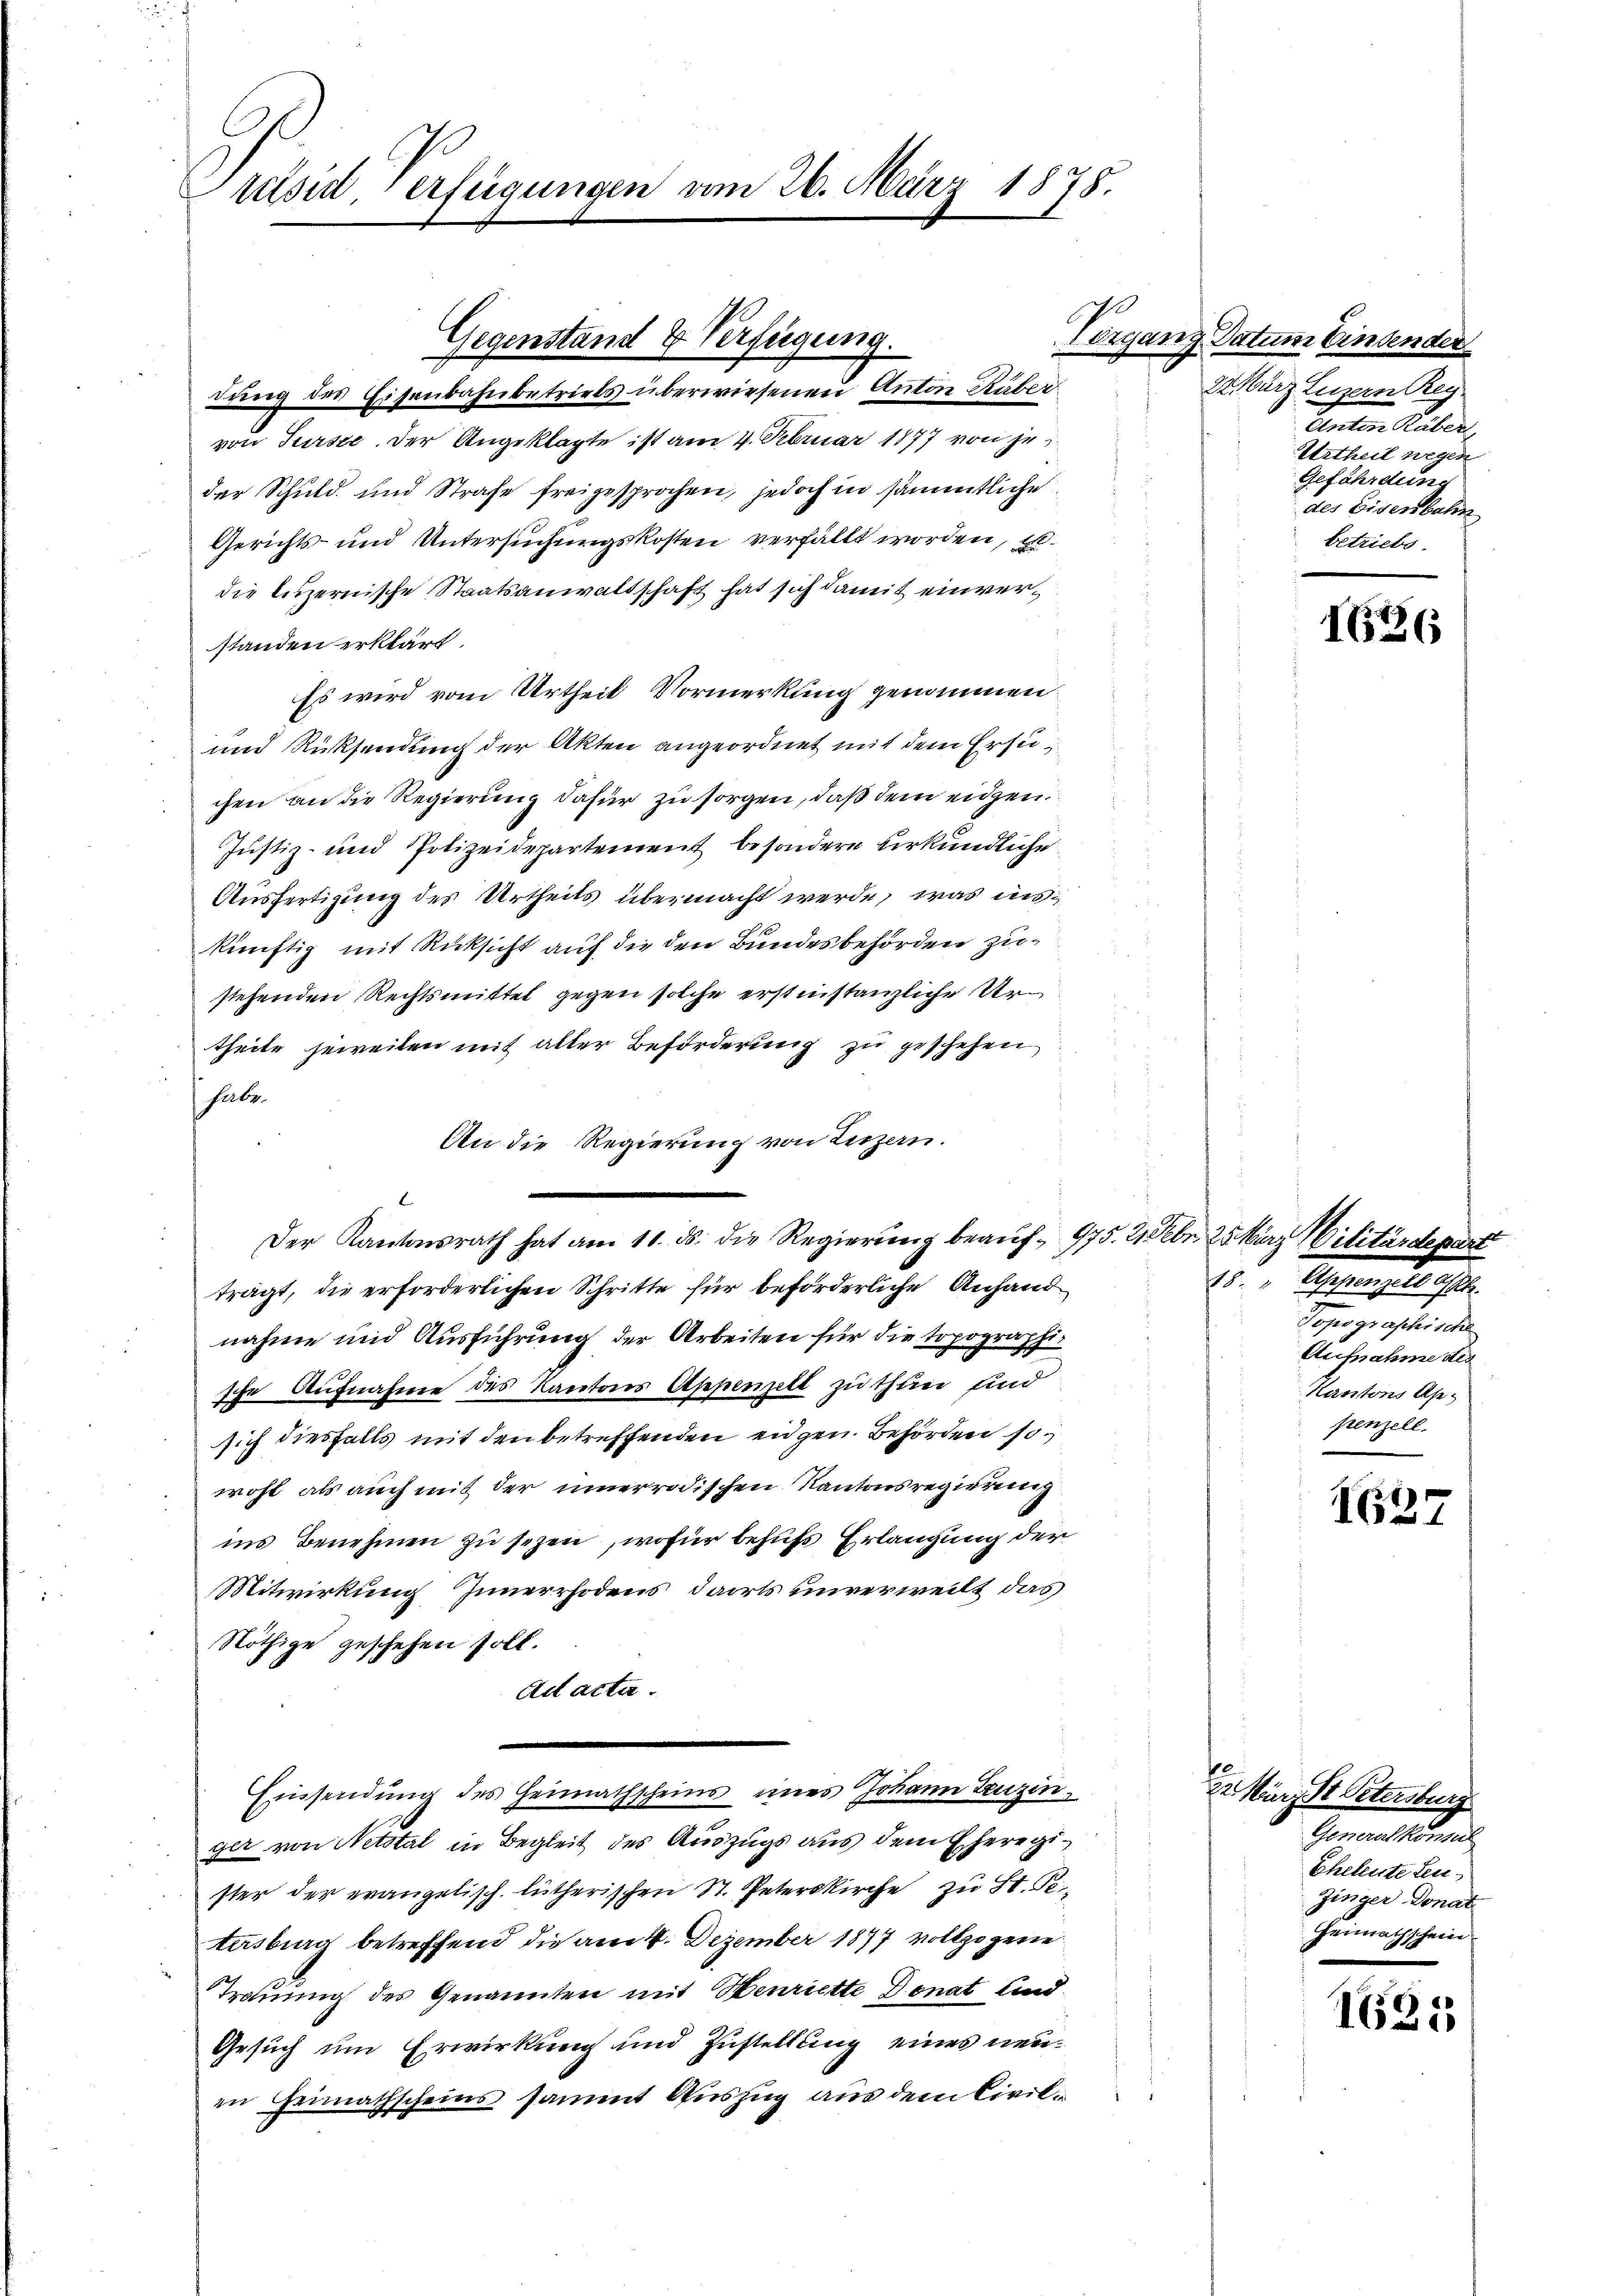
ttsid, erfügungen vom 26. März 1878.

von Turste der Angeklagte ist am 4. Februar 1877 von jeder Schuld und Strafe freigesprochen, jedoch in sämmtliche
Gerichts- und Untersuchungskosten verfällt worden, u.
die luzernische Staatsanwaltschaft hat sich damit einverstanden erklärt.
Es wird vom Urtheil Vormerkung genommen
und Rücksendung der Akten angeordnet mit dem Ersuchen an die Regierung dafür zu sorgen, daß dem eidgen.
Justiz- und Polizeidepartement besondere urkundliche
Ausfertigung des Urtheils übermacht werde, was inskünftig mit Rüksicht auf die den Bundesbehörden zu
stehenden Rechtsmittel gegen solche erstinstanzliche Urtheile jeweilen mit aller Beförderung zu geschehen
habe.
An die Regierung von Luzern.
Der Kantonsrath hat am 11. ds. die Regierung beaŭf- 975.
trägt, die erforderlichen Schritte für beförderliche Anhand
nahme und Ausführung der Arbeiten für die topographische Aufnahme des Kantons Appenzelt zu thung und
sich diesfalls mit den betreffenden eidgen. Behörden sowohl als auch mit der innerrodischen Kantonsregierung
ins Benehmen zu sezen, wofür behufs Erlangung der
Mitwirkung Innerrhodens, darts unverweilt das
Nöthige geschehen soll.
Act acta.
Einsendung des Heimathscheins eines Johann Leuzinge von Netstal in Begleit des Auszugs aus dem Eheregister der evangelisch. lütherischen St. Peterskirche zu St. Pertersburg betreffend die am 4. Dezember 1897 vollzogene
Trauung des Genannten mit Henriette Donat und
Gesuch um Erwirkung und Zustellung eines neuin Heimathscheins sammt Auszug aus dem Civil¬

Gegenstand & Verfügung.
dung des Eisenbahnbetriels überwiesenen Anton Räber

Vorgang Datum Einsender
22. März Luzern Rey
Canton Huber,
Urtheil wegen
Gefährdung
des Eisenbahn
betriebe.

2 Febr. 2. März Militärdepart
 Aesthause
Topographische
Aufnahme des
Kantons Appenzell.

1636

1637

e
22. März St Petersburg
Generalkonsul
Eheleute Leu¬
Zinger-Donat
Heimathschein

1635